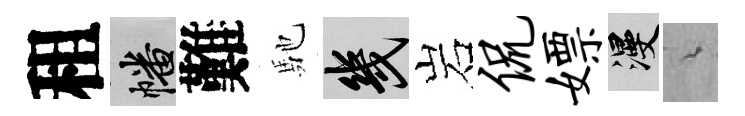
租幡難馳幾岩侃嫖漫綿